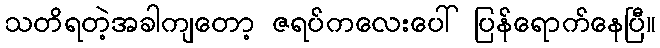
သတိရတဲ့အခါကျတော့ ဇရပ်ကလေးပေါ် ပြန်ရောက်နေပြီ။